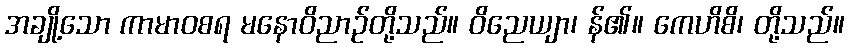
အချို့သော ကာမာဝစရ မနောဝိညာဉ်တို့သည်။ ဝိညေယျာ၊ န်၏။ ကေဟိစိ၊ တို့သည်။